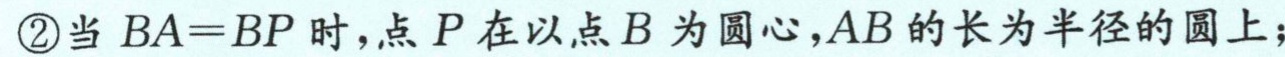
\textcircled{2}当 \(BA = BP\) 时，点 \(P\) 在以点 \(B\) 为圆心，\(AB\) 的长为半径的圆上；